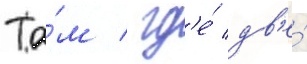
Та́м / гд'е́ дв'е́